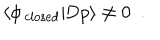
LaTeX: \langle \phi _ { \mathrm { \, c l o s e d } } | \mathrm { D } p \rangle \not = 0 ~ ~ .